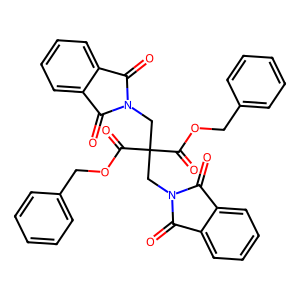
SMILES: O=C1c2ccccc2C(=O)N1CC(CN1C(=O)c2ccccc2C1=O)(C(=O)OCc1ccccc1)C(=O)OCc1ccccc1
Inhibits HIV replication: No